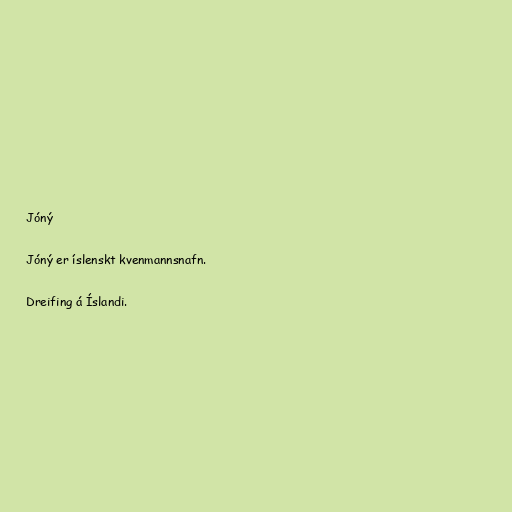
Jóný

Jóný er íslenskt kvenmannsnafn.

Dreifing á Íslandi.